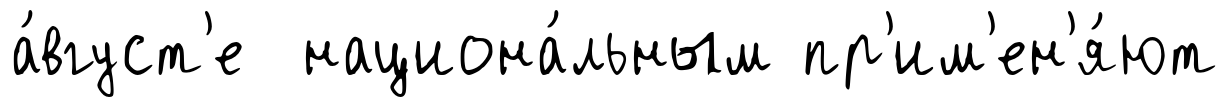
а́вгуст'е национа́льным пр'им'ен'я́ют